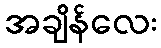
အချိန်လေး